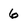
Character: 6